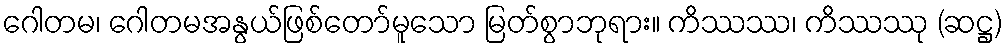
ဂေါတမ၊ ဂေါတမအနွယ်ဖြစ်တော်မူသော မြတ်စွာဘုရား။ ကိဿဿ၊ ကိဿဿု (ဆဋ္ဌ)